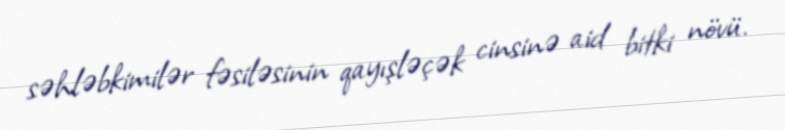
səhləbkimilər fəsiləsinin qayışləçək cinsinə aid bitki növü.